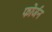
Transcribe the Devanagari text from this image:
फोर्जन